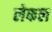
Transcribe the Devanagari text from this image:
लेकल